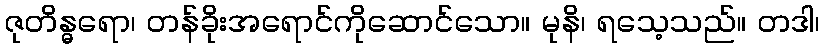
ဇုတိန္ဓရော၊ တန်ခိုးအရောင်ကိုဆောင်သော။ မုနိ၊ ရသေ့သည်။ တဒါ၊